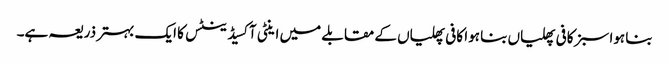
بنا ہوا سبز کافی پھلیاں بنا ہوا کافی پھلیاں کے مقابلے میں اینٹی آکسیڈینٹس کا ایک بہتر ذریعہ ہے۔